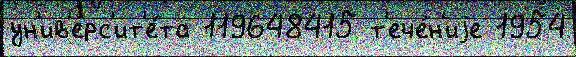
ун'ив'ерс'ит'е́та 119648415 т'ече́н'иjе 1954